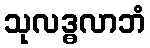
သုလဒ္ဓလာဘံ